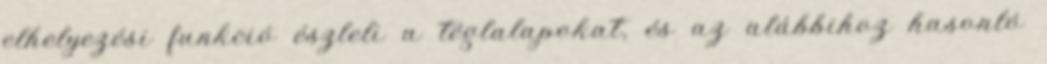
elhelyezési funkció észleli a téglalapokat, és az alábbihoz hasonló